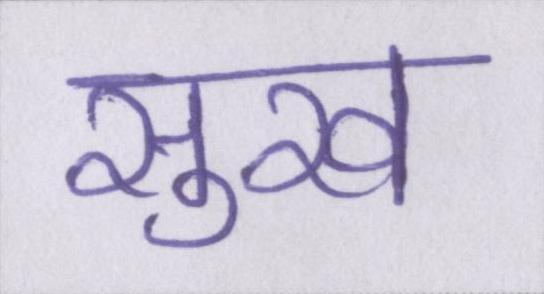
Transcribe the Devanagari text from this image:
सुख